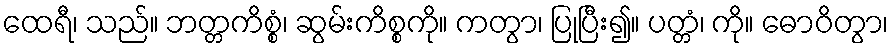
ထေရီ၊ သည်။ ဘတ္တကိစ္စံ၊ ဆွမ်းကိစ္စကို။ ကတွာ၊ ပြုပြီး၍။ ပတ္တံ၊ ကို။ ဓောဝိတွာ၊